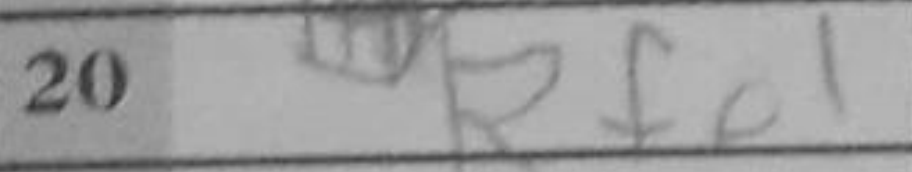
Transcription: Rfe1